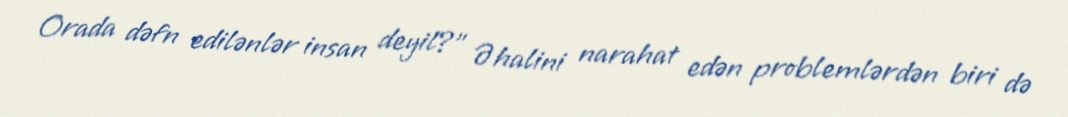
Orada dəfn edilənlər insan deyil?” Əhalini narahat edən problemlərdən biri də